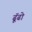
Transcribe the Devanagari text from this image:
ढॅूढो